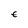
Character: E